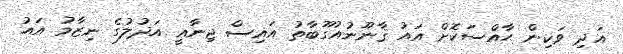
އަދި ވަކިން ޙާއްސަކޮށް އައު ޤާނޫނުއުގޫބާތު އައިސް ޖިނާޢީ އަދުލުގެ ނިޒާމު އައު